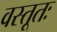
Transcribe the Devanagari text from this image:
वस्तूतः